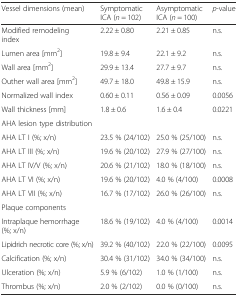
| Vessel dimensions (mean) | Symptomatic ICA (n = 102) | Asymptomatic ICA (n = 100) | p-value |
 | --- | --- | --- | --- |
 | Modified remodeling index | 2.22 ± 0.80 | 2.21 ± 0.85 | n.s. |
 | Lumen area [mm2] | 19.8 ± 9.4 | 22.1 ± 9.2 | n.s. |
 | Wall area [mm2] | 29.9 ± 13.4 | 27.7 ± 9.7 | n.s. |
 | Outher wall area [mm2] | 49.7 ± 18.0 | 49.8 ± 15.9 | n.s. |
 | Normalized wall index | 0.60 ± 0.11 | 0.56 ± 0.09 | 0.0056 |
 | Wall thickness [mm] | 1.8 ± 0.6 | 1.6 ± 0.4 | 0.0221 |
 | AHA lesion type distribution |  |  |  |
 | AHA LT I (%; x/n) | 23.5 % (24/102) | 25.0 % (25/100) | n.s. |
 | AHA LT III (%; x/n) | 19.6 % (20/102) | 27.9 % (27/100) | n.s. |
 | AHA LT IV/V (%; x/n) | 20.6 % (21/102) | 18.0 % (18/100) | n.s. |
 | AHA LT VI (%; x/n) | 19.6 % (20/102) | 4.0 % (4/100) | 0.0008 |
 | AHA LT VII (%; x/n) | 16.7 % (17/102) | 26.0 % (26/100) | n.s. |
 | Plaque components |  |  |  |
 | Intraplaque hemorrhage (%; x/n) | 18.6 % (19/102) | 4.0 % (4/100) | 0.0014 |
 | Lipidrich necrotic core (%; x/n) | 39.2 % (40/102) | 22.0 % (22/100) | 0.0095 |
 | Calcification (%; x/n) | 30.4 % (31/102) | 34.0 % (34/100) | n.s. |
 | Ulceration (%; x/n) | 5.9 % (6/102) | 1.0 % (1/100) | n.s. |
 | Thrombus (%; x/n) | 2.0 % (2/102) | 0.0 % (0/100) | n.s. |